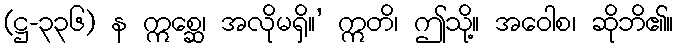
(ဋ္ဌ-၃၃၆) န ဣစ္ဆေ၊ အလိုမရှိ။’ ဣတိ၊ ဤသို့။ အဝေါစ၊ ဆိုဘိ၏။